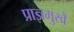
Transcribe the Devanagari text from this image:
प्राज्ञमुखें